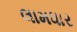
લામધાર